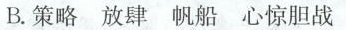
B.策略 放肆 帆船 心惊胆战